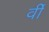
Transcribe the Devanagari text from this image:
र्वी